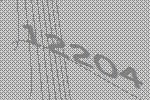
12204